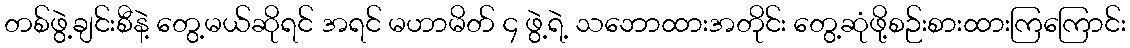
တစ်ဖွဲ့ချင်းစီနဲ့ တွေ့မယ်ဆိုရင် အရင် မဟာမိတ် ၄ ဖွဲ့ရဲ့ သဘောထားအတိုင်း တွေ့ဆုံဖို့စဉ်းစားထားကြကြောင်း